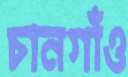
চানগাঁও